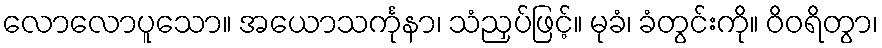
လောလောပူသော။ အယောသင်္ကုနာ၊ သံညှပ်ဖြင့်။ မုခံ၊ ခံတွင်းကို။ ဝိဝရိတွာ၊